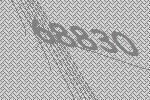
68830